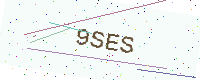
Text: 9SES